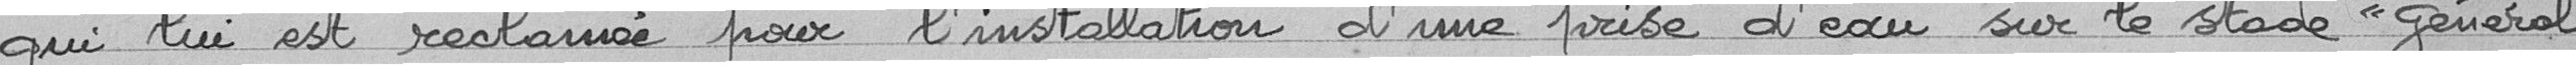
qui lui est réclamée pour l'installation d'une prise d'eau sur le stade "Général